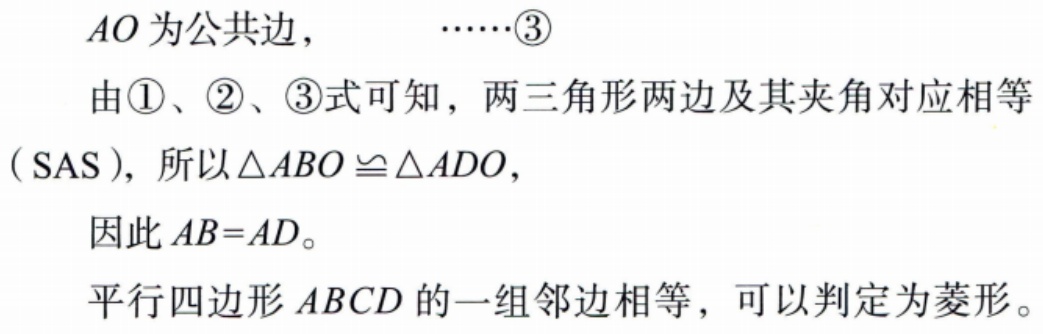
$AO为公共边，\ \ \ \ \ \ \ \ \ \ \ \ \ \ \ \ \ \ \ \ \cdots\cdots\textcircled{3}\\
由\textcircled{1}、\textcircled{2}、\textcircled{3}式可知，两三角形两边及其夹角对应相等\\
(\text{SAS})，所以\triangle ABO \cong \triangle ADO，\\
因此AB = AD。\\
平行四边形ABCD的一组邻边相等，可以判定为菱形。$